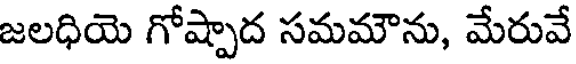
జలధియె గోష్పాద సమమౌను, మేరువే